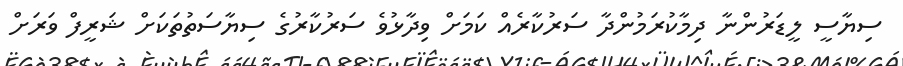
ސިޔާސީ ލީޑަރުންނާ ދިމާކުރަމުންދާ ސަރުކާރެއް ކަމަށް ވިދާޅުވެ ސަރުކާރުގެ ސިޔާސަތުތަކަށް ޝަރީފް ވަރަށް